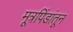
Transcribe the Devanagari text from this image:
मूत्रपिंडांतून